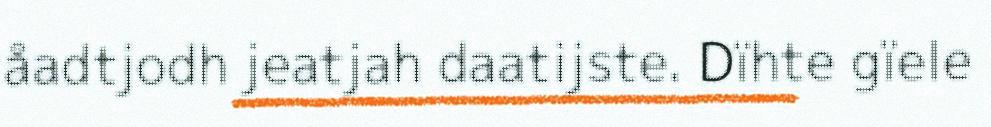
åadtjodh jeatjah daatijste. Dïhte gïele